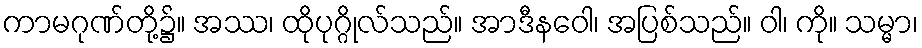
ကာမဂုဏ်တို့၌။ အဿ၊ ထိုပုဂ္ဂိုလ်သည်။ အာဒီနဝေါ၊ အပြစ်သည်။ ဝါ၊ ကို။ သမ္မာ၊